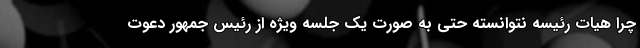
چرا هیات رئیسه نتوانسته حتی به صورت یک جلسه ویژه از رئیس جمهور دعوت